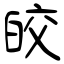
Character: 皎